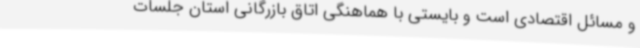
و مسائل اقتصادی است و بایستی با هماهنگی اتاق بازرگانی استان جلسات